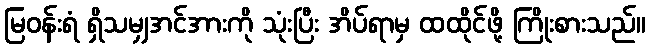
မြဝန်းရံ ရှိသမျှအင်အားကို သုံးပြီး အိပ်ရာမှ ထထိုင်ဖို့ ကြိုးစားသည်။